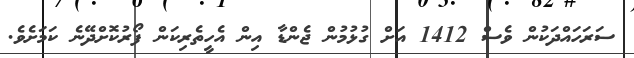
ސަރަހައްދަކުން ވެސް 1412 އަށް ގުޅުމުން ޖެންޑާ އިން އެހީތެރިކަން ފޯރުކޮށްދޭނެ ކަމަށެވެ.